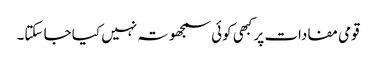
قومی مفادات پر کبهی کوئی سمجھوتہ نہیں کیا جا سکتا۔